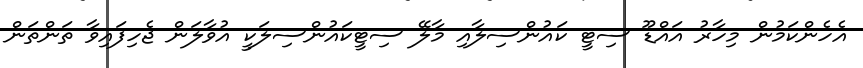
އެހެންކަމުން މިހާރު އައްޑޫ ސިޓީ ކައުންސިލާއި މާލޭ ސިޓީކައުންސިލަކީ އުވާލަން ޖެހިފައިވާ ތަންތަން